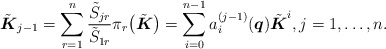
\begin{gather*}\tilde{\boldsymbol{K}}_{j-1}=\sum _{r=1}^n \frac{ \tilde{S}_{jr}}{ \tilde{S}_{1r}} \pi_r\big(\tilde{\boldsymbol{K}}\big)=\sum_{i =0} ^{n-1} a_i^{(j-1)}(\boldsymbol{q}) \tilde{\boldsymbol{K}}^i, j=1,\ldots,n .\end{gather*}